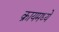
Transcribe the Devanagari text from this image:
क्रायमध्ये